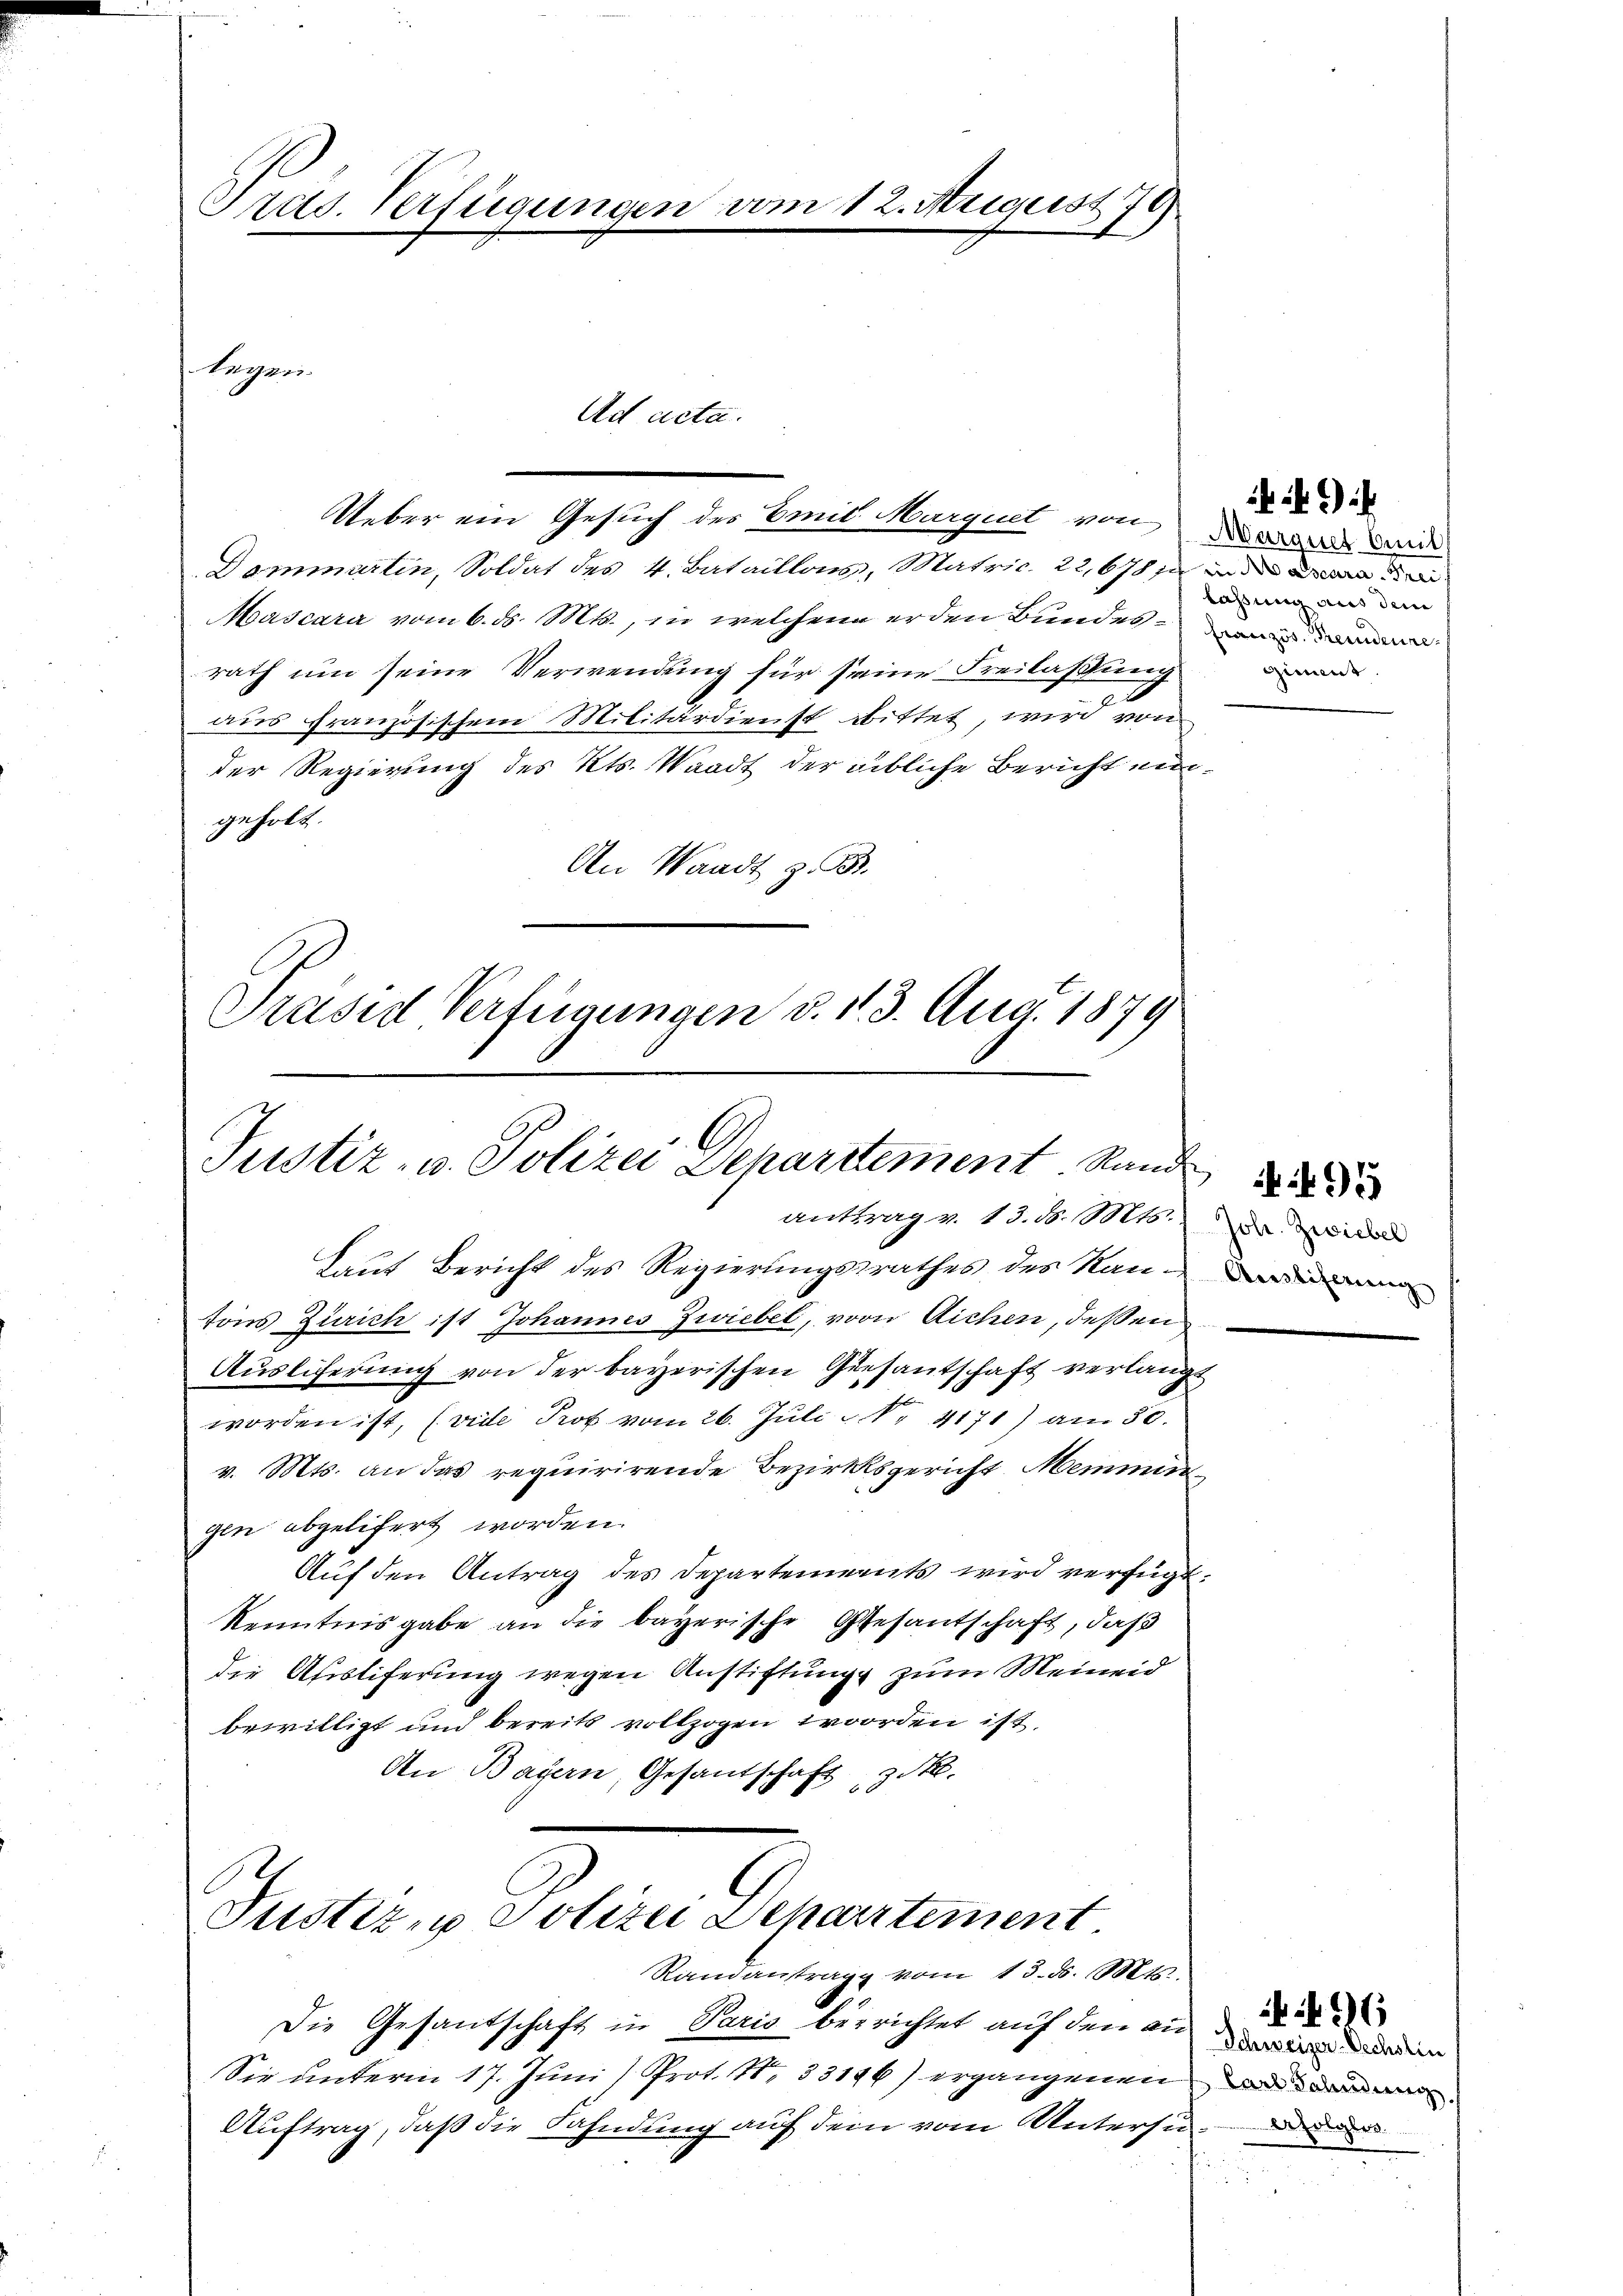
Tras. Verfügungen vom 12. August 178

legen.

Ad acta.

Ueber ein Gesuch des Emil Marquet von Wade un
Dammartin, Soldat des 4. Bataillons, Matric. 22. 678 zu
Mascara vom 6. ds. Mts., in welchen er den Bundesmin
rath um seine Verwendung für seine Freilassung
aus französischem Militärdienst bittet, wird von
der Regierung des Kts. Waadt der übliche Bericht eingeholt.
An Waadt z. B.
Präsid Verfügungen d. 113. Aug. 1879

Justiz- u. Polizei Deharrtement Rand
antrag v. 13. d. M. Dr. Zwickel

Laut Bericht des Regierungsrathes des Rang dari
tons Zürich ist Johannes Zwiebel, von Aichen, deßen
Ausliferung von der bayerischen Gesantschaft verlangt
worden ist, (vide Prob vom 26. Juli Nr. 4171) am 30.
v. Mts. an das requirirende Bezirksgericht Memmin
gen abgelifert worden.
Auf den Antrag des Departements wird verfügt:
Kenntnisgabe an die bayerische Gesantschaft, daß
die Austiferung wegen Anstiftung zum Meineid
bewilligt und bereits vollzogen worden ist.
An Bayern, Gesantschaft, z.

Justiz in Polizei Departement

Randantrag vom 13. ds. Mts.
Die Gesandschaft in Paris berrichtet auf den au
Sie unterm 17. Juni / Prot. N. 33146) ergangenen und
Auftrag, daß die Fahndung auf dem vom Untersu¬

laßung aus dem
Zimmt

495

Schweizer-Oechslin